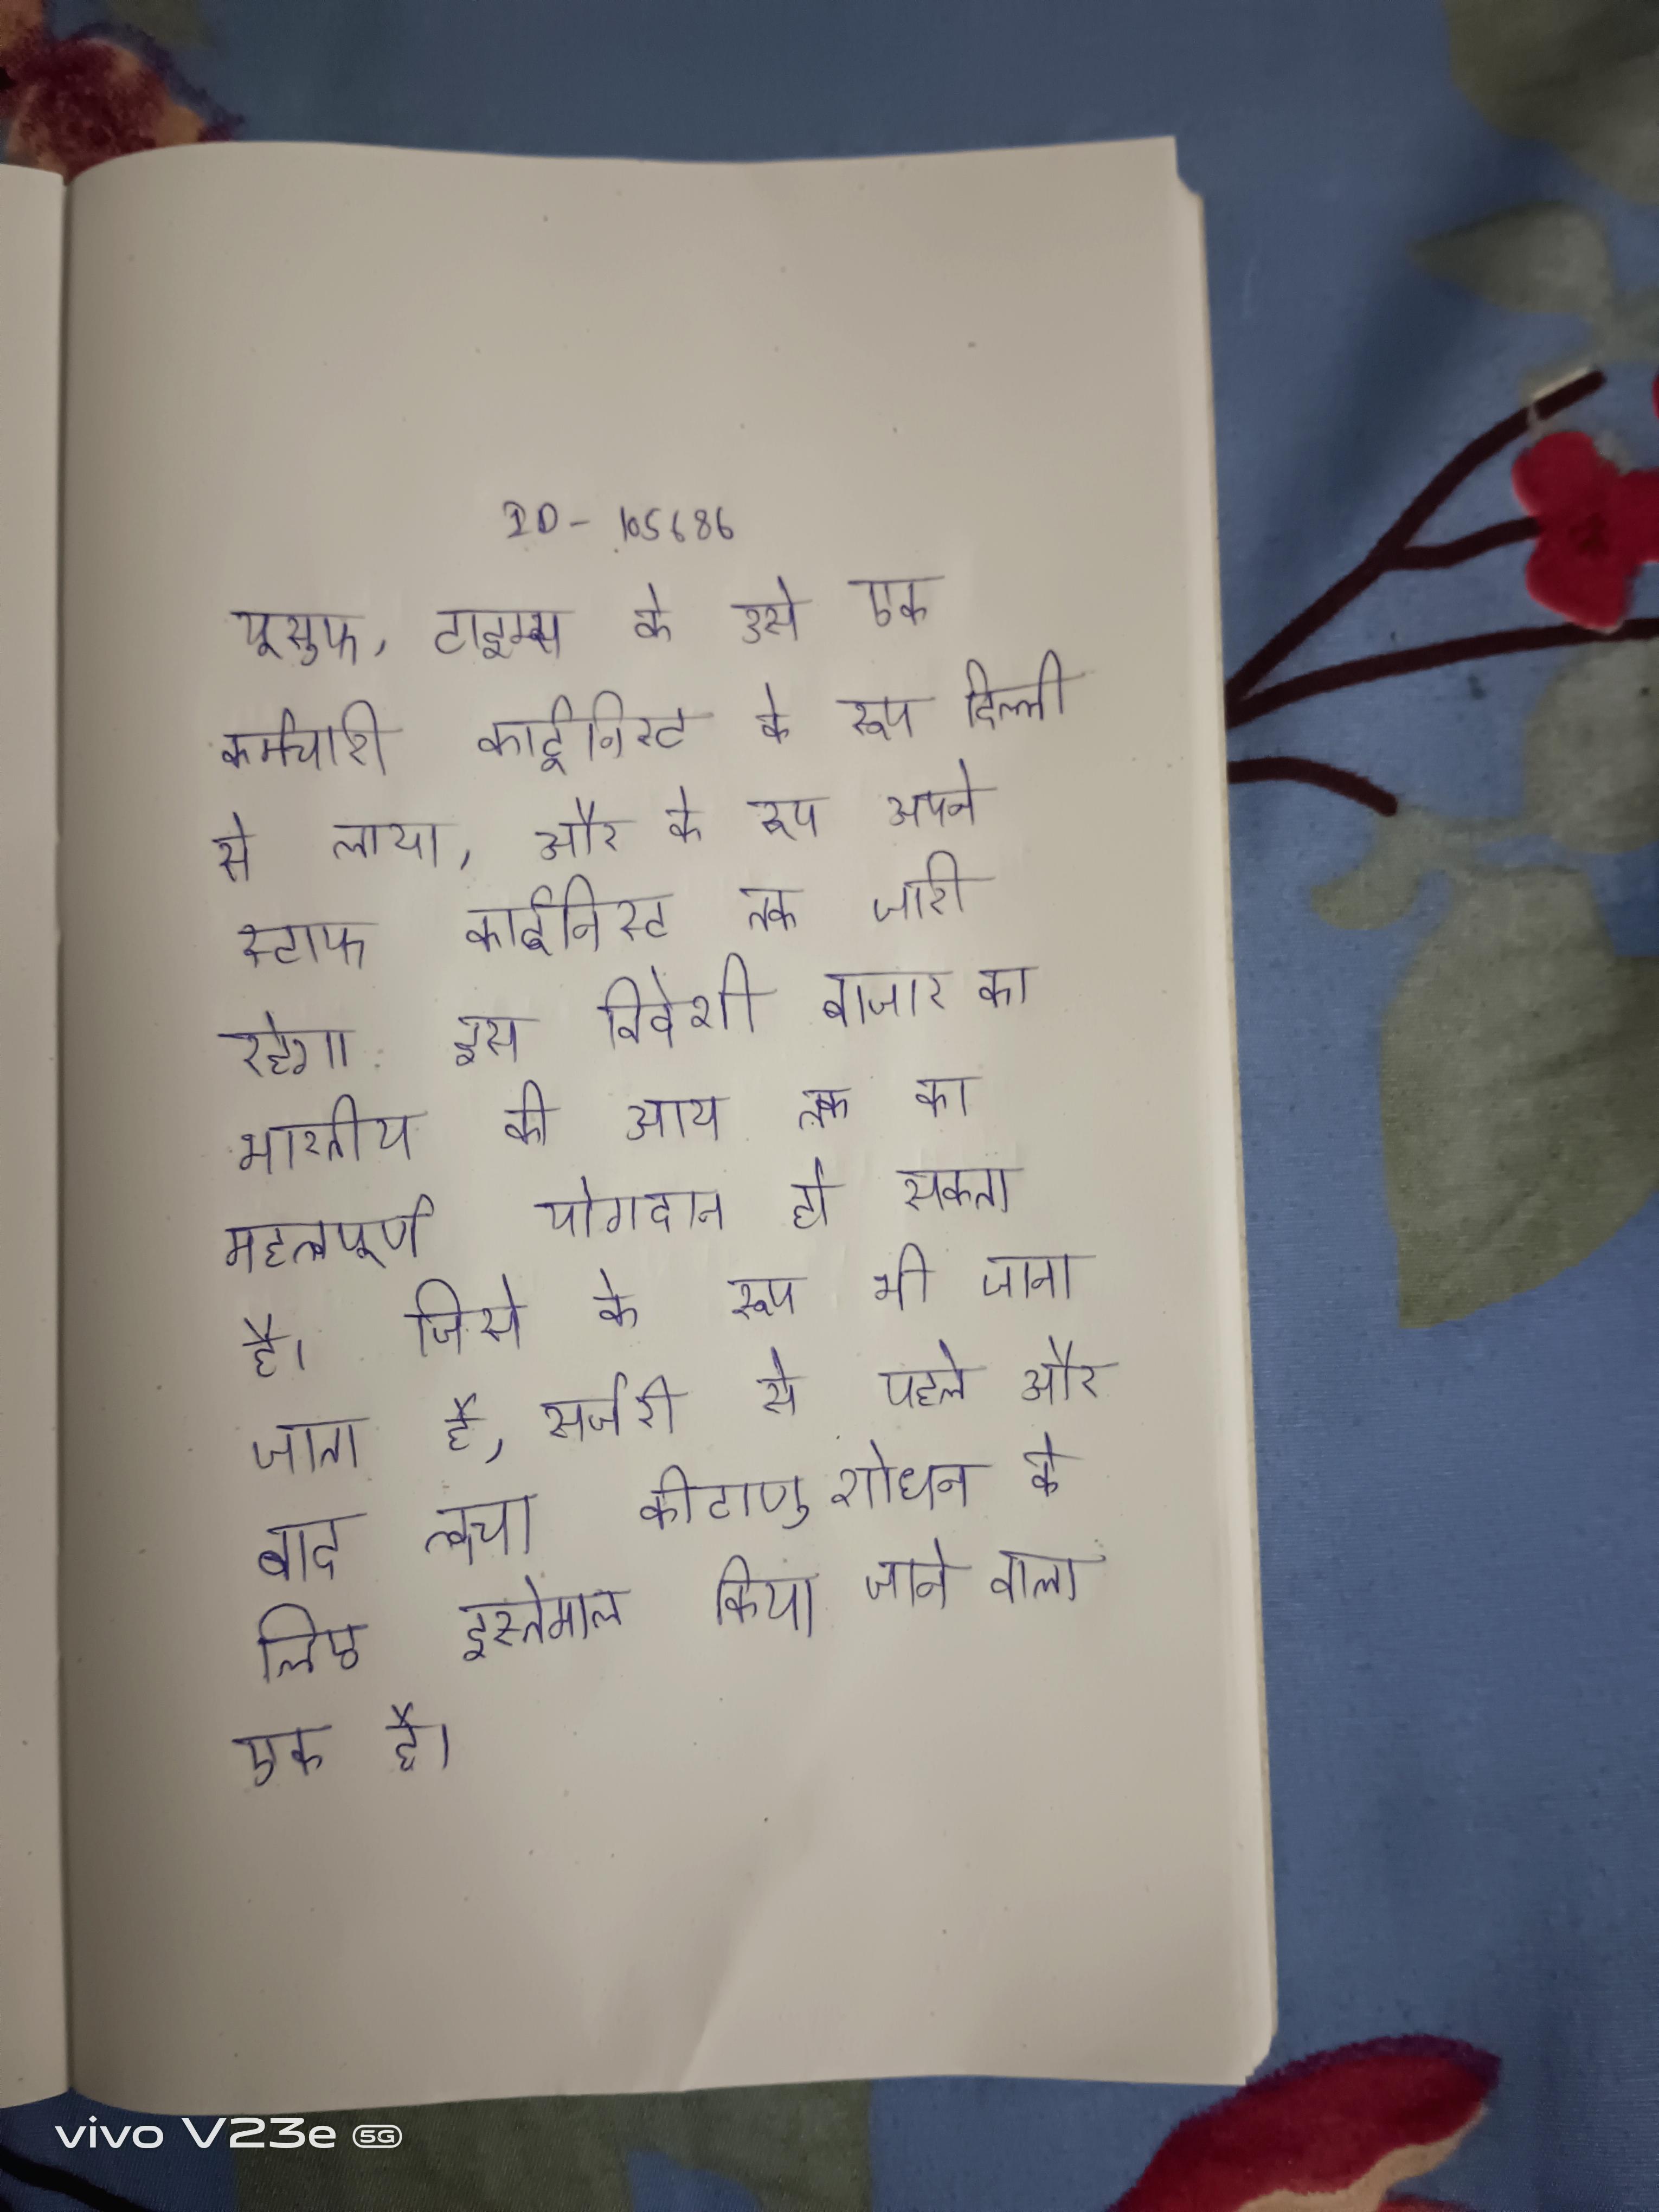
यूसुफ, टाइम्स के उसे एक कर्मचारी कार्टूनिस्ट के रूप दिल्ली से लाया, और के रूप अपने स्टाफ कार्टूनिस्ट तक जारी रहेगा . इस विदेशी बाजार का भारतीय की आय तक का महत्वपूर्ण योगदान हो सकता है । जिसे के रूप भी जाना जाता है, सर्जरी से पहले और बाद त्वचा कीटाणुशोधन के लिए इस्तेमाल किया जाने वाला एक है ।